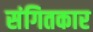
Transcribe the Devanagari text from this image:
संगितकार